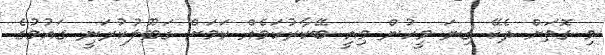
މި ގޮތަށް ދެކޭ ގިނަ މީހުން މިއީ ބޭކާރުކަމެއް ކަމަށް ގަބޫލުކުރަނީ ގައުމުގެ